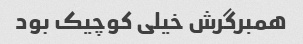
همبرگرش خیلی کوچیک بود